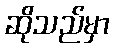
ဆိုသည်မှာ